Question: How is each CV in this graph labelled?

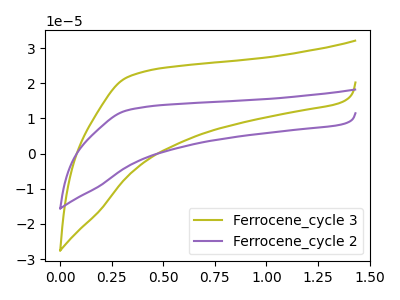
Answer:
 <answer>The olive curve is labeled "Ferrocene_cycle 3". The purple curve is labeled "Ferrocene_cycle 2".</answer>
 <eval></eval>